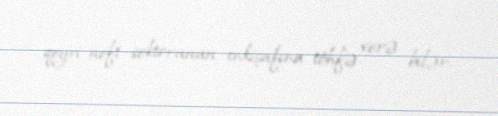
qeyri-neft sektorunun inkişafına töhfə verə bilər.